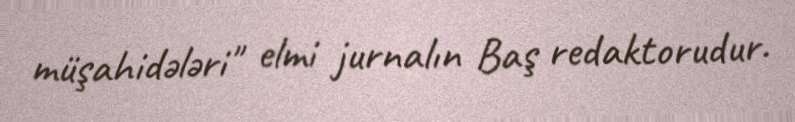
müşahidələri" elmi jurnalın Baş redaktorudur.